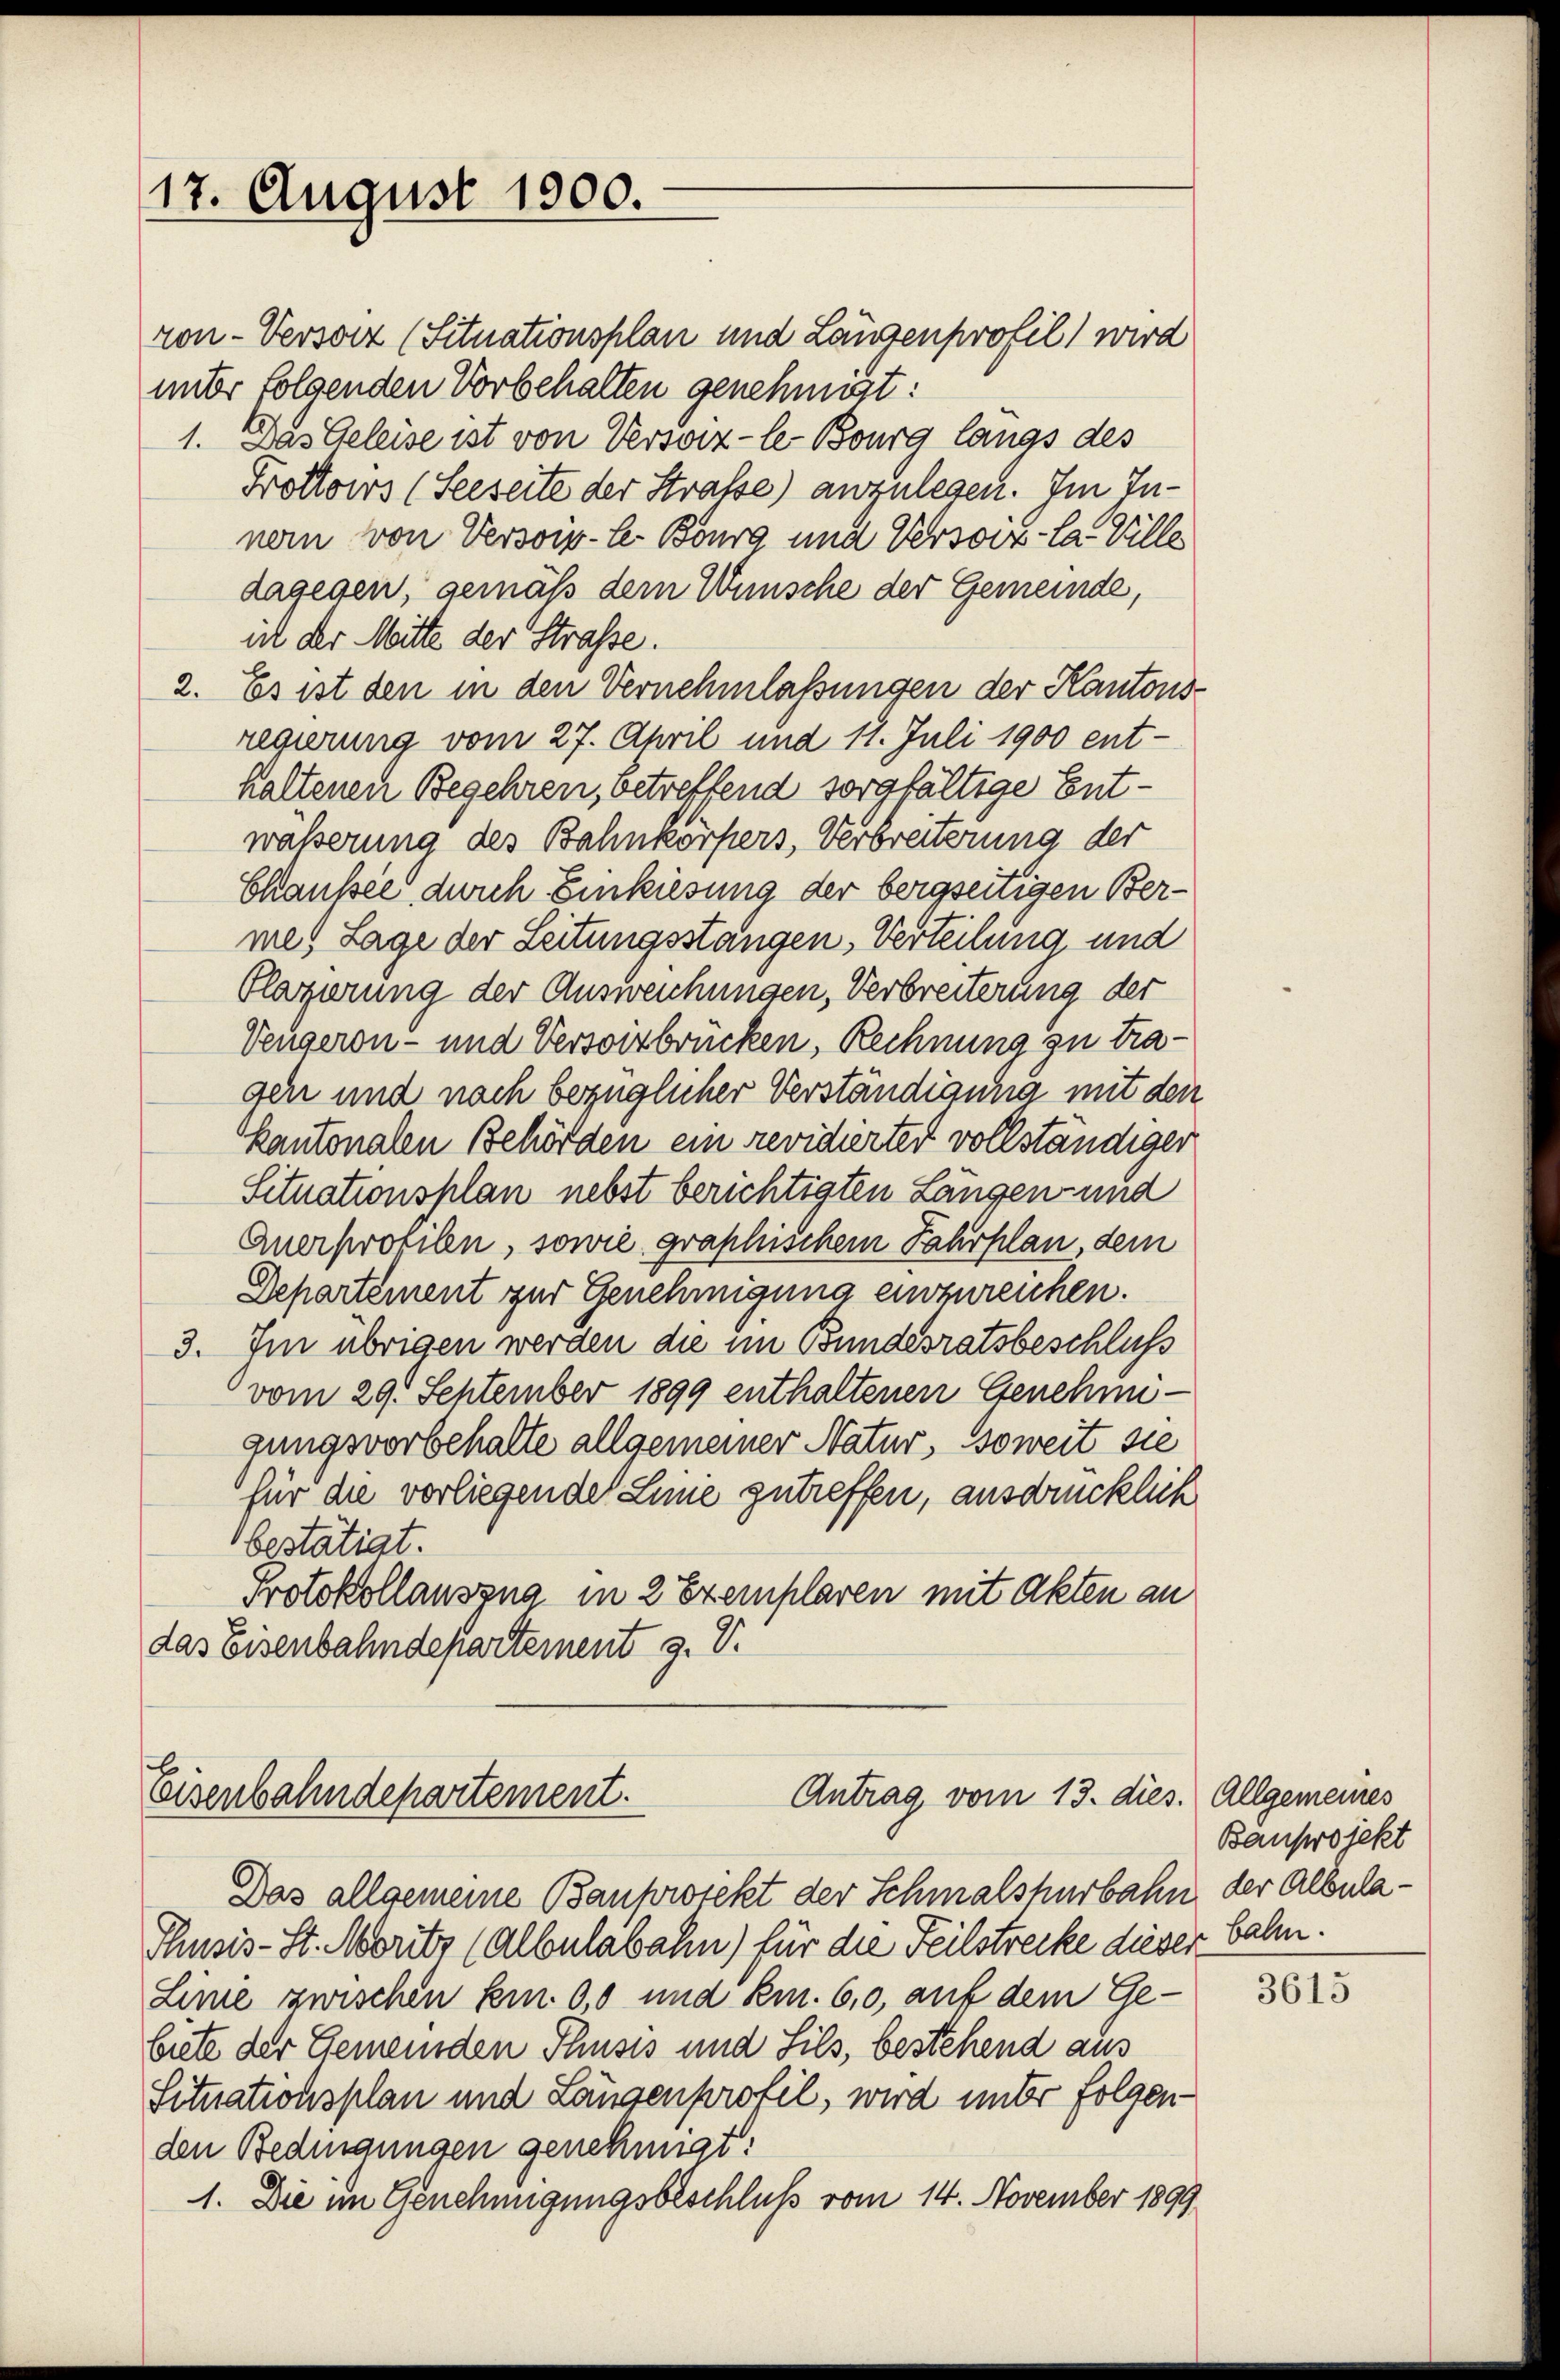
17. August 1900.

ron- Versorz (Situationsplan und Längenprofil wird
unter folgenden Vorbehalten genehmigt:
1. Das Geleise ist von Versorz-le- Bourg langs des
Trottoirs (Seeseite der Straße) anzulegen. Im Zunem von Versoiv-le Bourg und Versorz-Ca Ville
dagegen, gemäß dem Wunsche der Gemeinde,
ich der Mitte der Straße.
2. Es ist den in den Vernehmlassungen der Kantons-
regierung vom 27. April und 11. Juli 1900 ent-
haltenen Begehren, betreffend sorgfältige Entwäßerung des Bahnkörpers, Verbreiterung der
Chausie durch Einkiesung der bergseitigen Bermes Lage der Leitungsstangen, Verteilung und
Plagierung der Ausweichungen, Verbreiterung der
Vengeron- und Versortbrücken, Rechnung zu tragen und nach bezüglicher Verständigung mit den
Kantonalen Behörden ein revidierter vollständiger
Situationsplan nebst berichtigten Längen und
Auerprofilen, sowie graphischem Fahrplan, dem
Departement zur Genehmigung einzureichen.
3. Im übrigen werden die im Bundesratsbeschluss
vom 29. September 1899 enthaltenen Genehmigungsvorbehalte allgemeiner Natur, soweit sie
für die vorliegende Linie zutreffen, ausdrücklich
bestätigt.
Protokollauszug in 2 Exemplaren mit Akten an
das Eisenbahndepartement J. V.

b
Antrag vom 13. dies.
eisenbahndepartement.

Das allgemeine Bauprotekt der Schmalshurbahn
Thusis - St. Moritz (Albulabahn) für die Teilstrecke dieser bahn.
Linie zwischen fein. 0,0 und kn. 60, auf dem Gebute der Gemeinden Thusis und Sils, bestehend aus
Situationsplan und Längenprofil, wird unter folgenden Bedingungen genehmigt:
1. Die im Genehmigungsbeschluß vom 14. November 1899

Allgemeines
Banprojekt
der Albula¬

3615